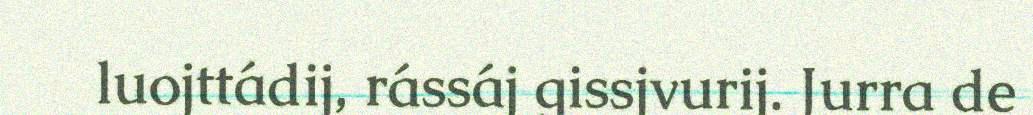
luojttádij, rássáj gissjvurij. Jurra de